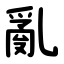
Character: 亂